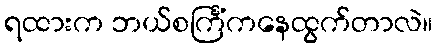
ရထားက ဘယ်စင်္ကြံကနေထွက်တာလဲ။